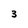
Character: 3